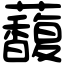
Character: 𧄦